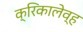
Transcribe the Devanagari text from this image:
क्रिकालेव्ह